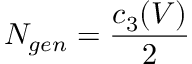
N _ { g e n } = \frac { c _ { 3 } ( V ) } { 2 }